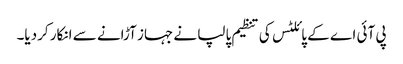
پی آئی اے کے پائلٹس کی تنظیم پالپا نے جہاز آڑانے سے انکار کردیا۔